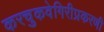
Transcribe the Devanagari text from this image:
करचुकवेगिरीप्रकरणी